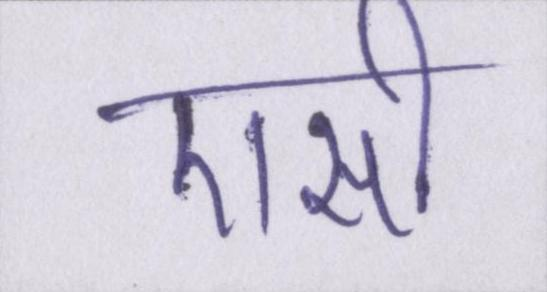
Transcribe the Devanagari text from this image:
एसी